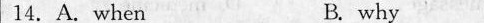
14. A. when B.why